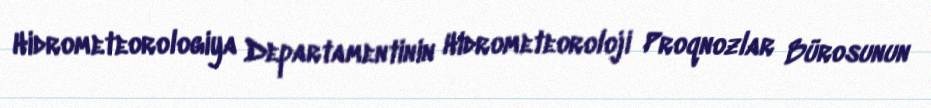
Hidrometeorologiya Departamentinin Hidrometeoroloji Proqnozlar Bürosunun